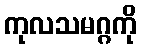
ကုလသမဂ္ဂကို